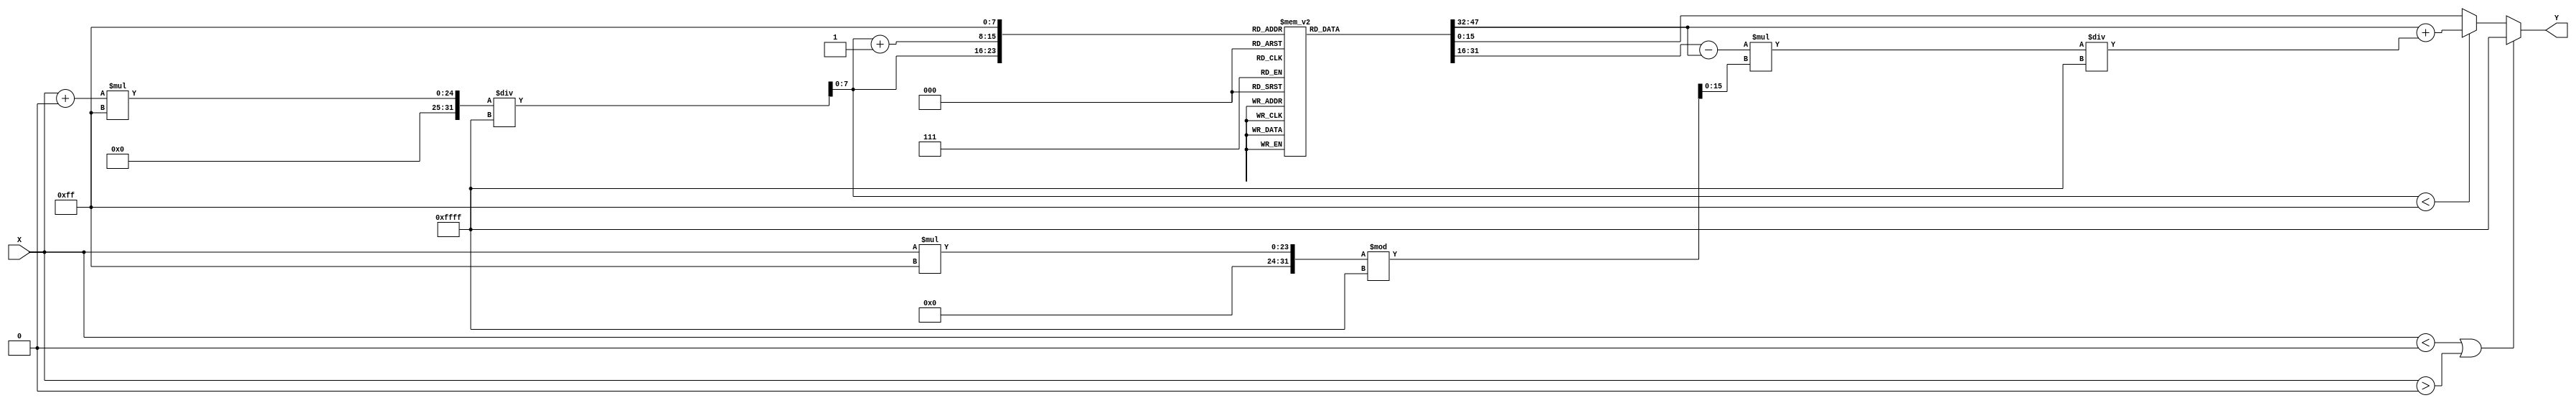
module acos_block (
    input wire signed [15:0] X,  // Input: Fixed-point representation of cosine value in range [-1, 1]
    output reg [15:0] Y           // Output: Fixed-point representation of acos value in radians
);
    // Define parameters for LUT
    parameter LUT_SIZE = 256;                // Number of entries in LUT
    reg [15:0] lut [0:LUT_SIZE-1];           // LUT for acos values
    reg [7:0] index;                         // Index for LUT
    reg signed [15:0] frac;                  // Fractional part for interpolation

    // Initialize the LUT with predefined acos values (in radians)
    initial begin
        lut[0] = 16'h0000;   // acos(1) = 0
        lut[1] = 16'h1C71;   // acos(0.99) ~ 0.1416
        lut[2] = 16'h19F5;   // acos(0.98) ~ 0.1571
        // ... (fill in the rest of the LUT values)
        lut[255] = 16'h8000; // acos(-1) = pi
    end

    always @(*) begin
        // Check input range
        if (X < -16'h0000 || X > 16'h0000) begin
            Y = 16'hFFFF; // Output NaN or error signal
        end else begin
            // Normalize input to range of LUT
            index = (X + 16'h0000) * (LUT_SIZE - 1) / (16'hFFFF); // Scale [-1, 1] to [0, LUT_SIZE-1]

            // Calculate fractional part for interpolation
            frac = (X * (LUT_SIZE - 1)) % 16'hFFFF; // Get fractional part for interpolation
            
            // Interpolation
            if (index < LUT_SIZE - 1) begin
                Y = lut[index] + ((lut[index + 1] - lut[index]) * frac) / 16'hFFFF;
            end else begin
                Y = lut[LUT_SIZE - 1]; // Handle edge case for index
            end
        end
    end
endmodule